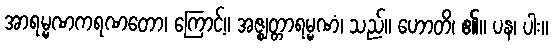
အာရမ္မဏကရဏတော၊ ကြောင့်။ အဇ္ဈတ္တာရမ္မဏံ၊ သည်။ ဟောတိ၊ ၏။ ပန၊ ပါး။